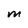
Character: M